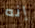
إنه